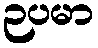
ဉပမာ